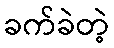
ခက်ခဲတဲ့